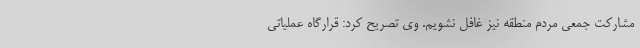
مشارکت جمعی مردم منطقه نیز غافل نشویم. وی تصریح کرد: قرارگاه عملیاتی